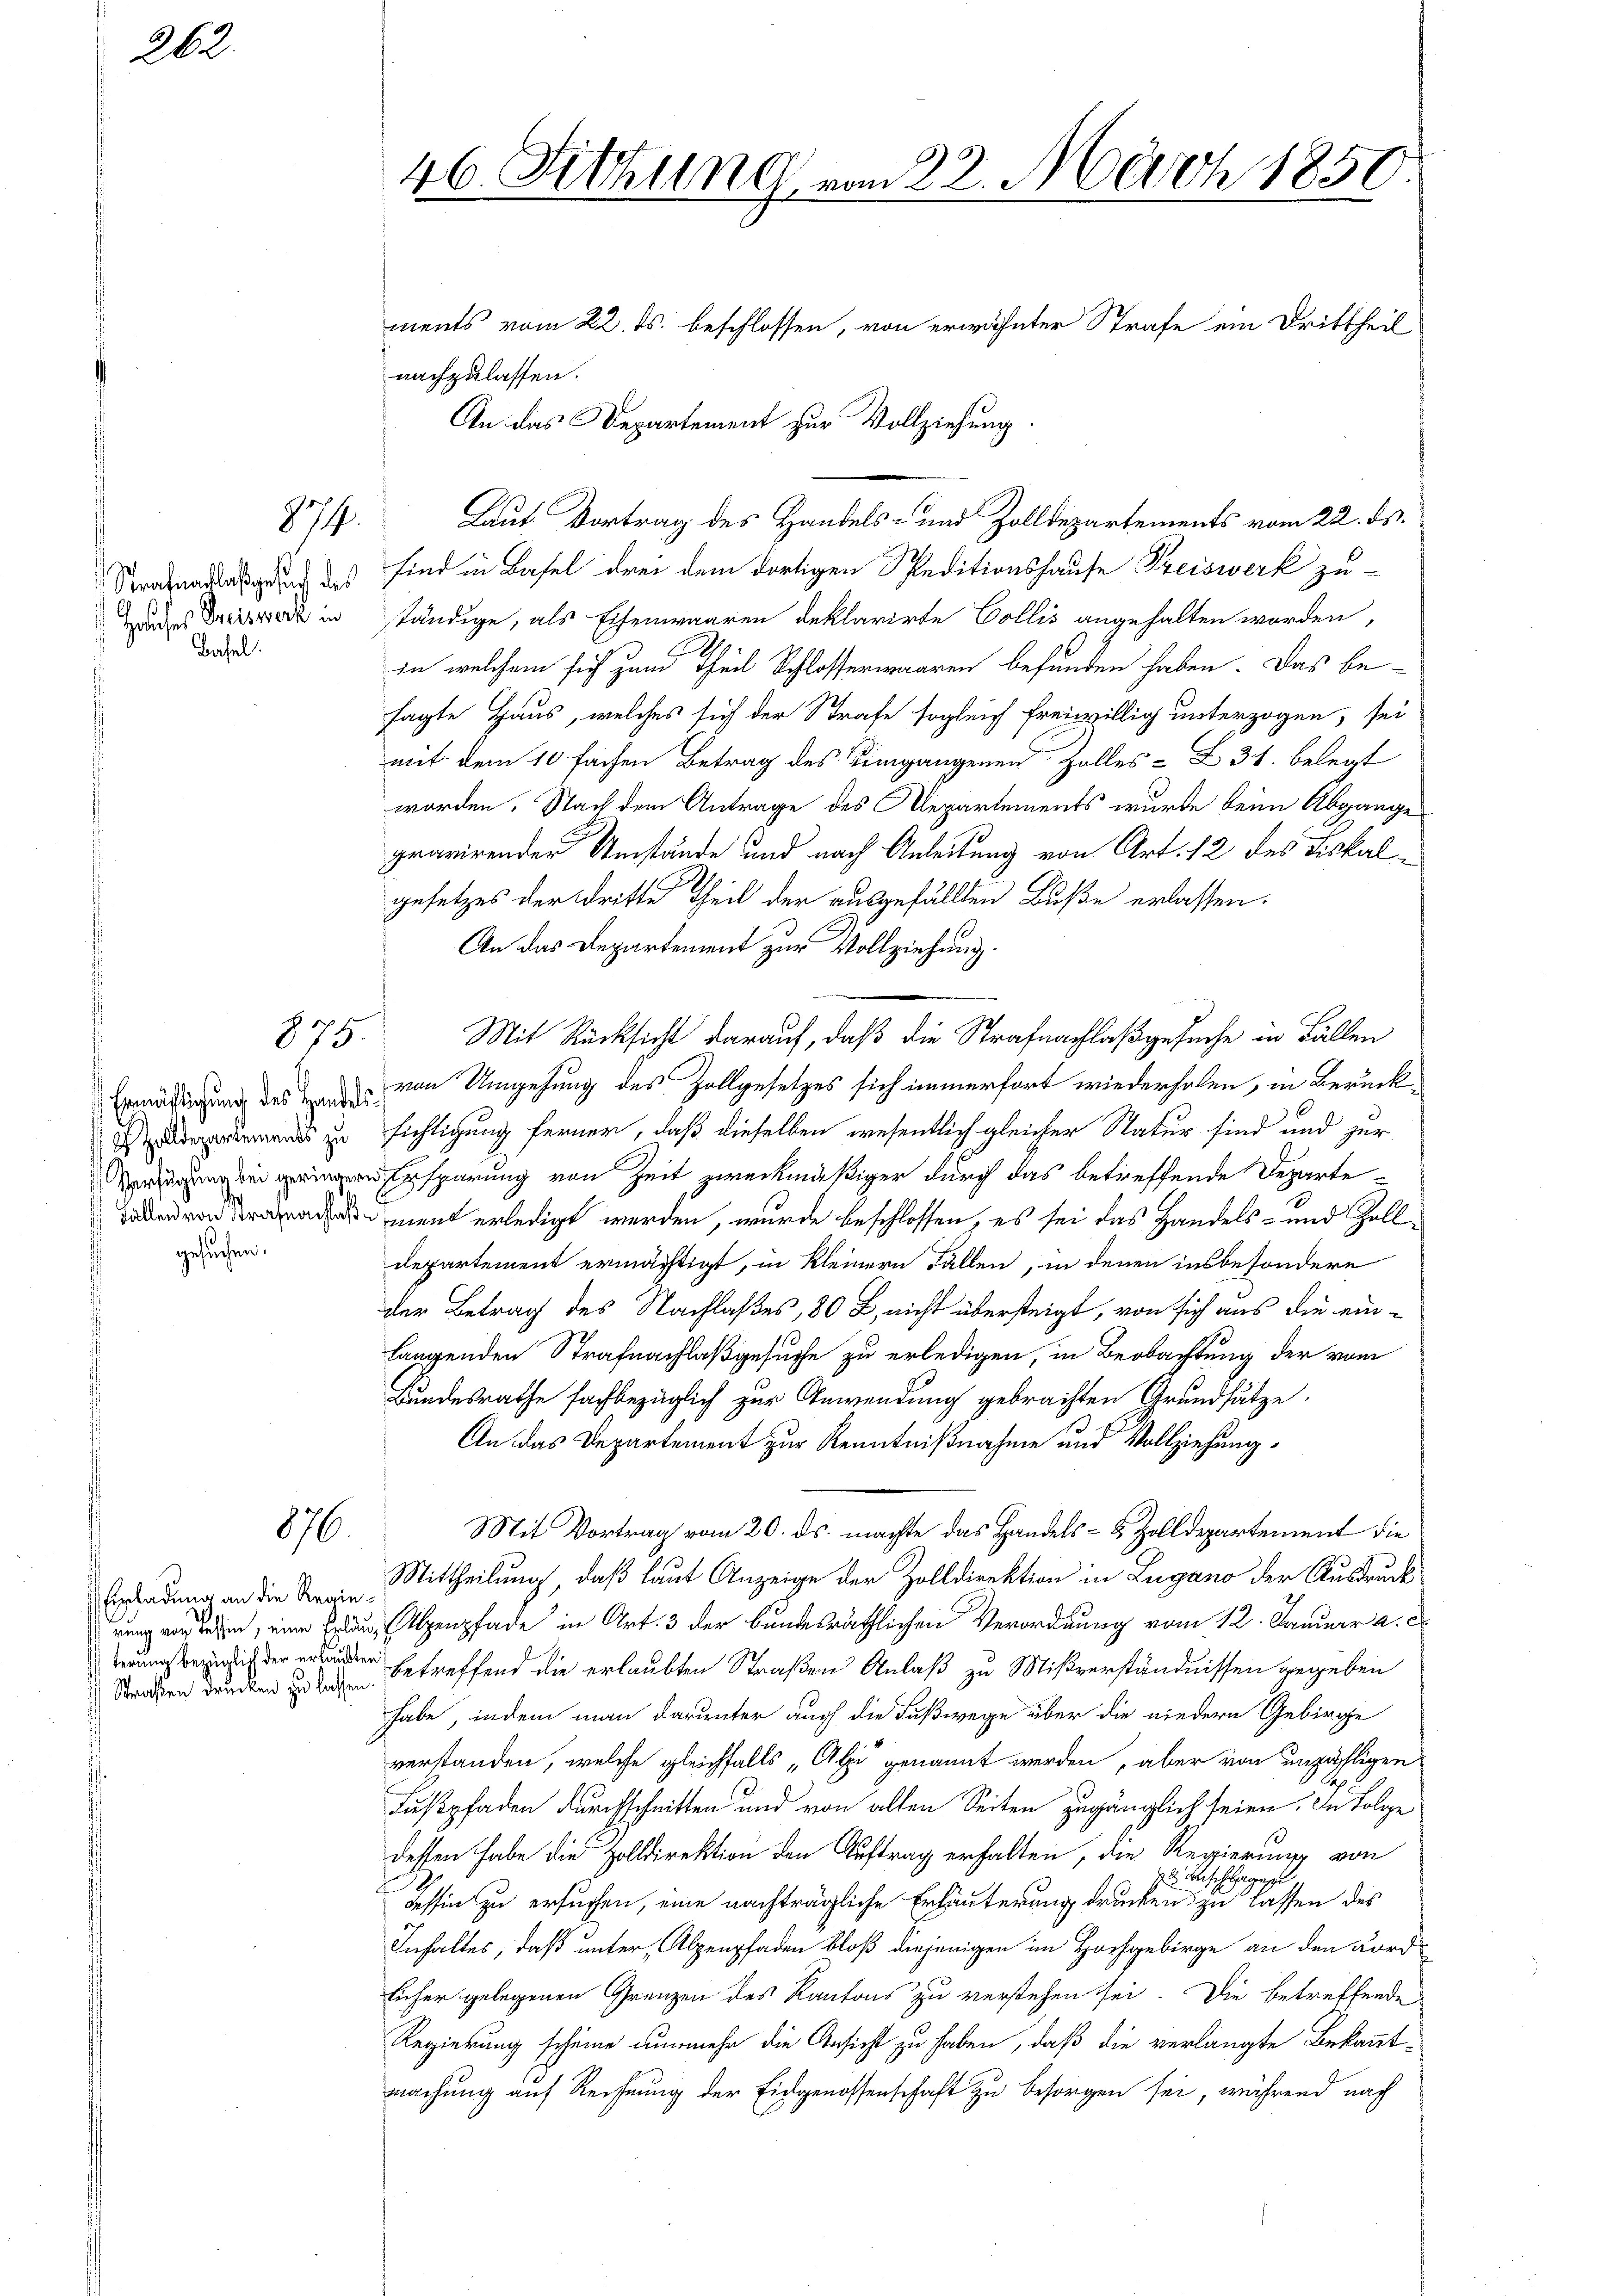
26

Basel.

874.

Heliches Preiswerk in

875.

Ermäftigung des Handelsgesuchen.

876.

Einladung an die Regie¬
Straßen drucken zu lassen.

46. Fettung von 22. März 1850

merts vom 22. ds. beschlossen, von erwähnter Strafe ein Drittheil
nachzulassen.
An das Departement zur Vollziehung.
Laut Vortrag des Handels- und Zolldepartements vom 22. ds.
Strafentlaßung des sind in Basel drei dem dortigen Speditionshause Preiswerk zu-
ständige, als Eisenwaaren deklarirte Collis angehalten worden,
in welchem sich zum Theil Schlosserwaaren befunden haben. Das besagte Haus, welches sich der Strafe sogleich freiwillig unterzogen, sei
mit dem 10 fachen Betrag des Eingangenen Zolles-Z 31. belegt
worden. Nach dem Antrage des Departements wurde beim Abgange
gravirender Umstände und nach Anleitung von Art. 12 des Fiskalgesetzes der dritte Theil der ausgefällten Buße erlassen.
An das Departement zur Vollziehung.
a
Mit Rücksicht darauf, daß die Strafnachlaß gesuche in Fällen
von Umgehung des Zollgesetzes sich immerfort wiederholen, in Berückms zu sichtigung ferner, daß dieselben wesentlich gleicher Natur sind und zur
sparung von Zeit zweckmäßiger durch das betreffende Departeament erledigt werden, wurde beschlossen, es sei das Handels- und Zoll¬
Departement ermächtigt, in kleinern Fällen, in denen insbesondere
der Betrag des Nachlaßes, 80 L., nicht übersteigt, von sich aus die einlangenden Strafnachlaß gesuche zu erledigen, in Beobachtung der vom
Bundesrathe fachbezüglich zur Anwendung gebrachten Grundsätze,
An das Departement zur Kenntnißnahme und Vollziehung
Mit Vortrag vom 20. ds. machte das Handels- & Zolldepartement die
Mittheilung, daß laut Anzeige der Zolldirektion in Lugano der Ausdruckrung verlesen, eine Erland, Alpenpfade in Art. 3 der bundesräthlichen Verordnung vom 12. Januar a. c.
 der der betreffend die erlaubten Straßen Anlaß zu Mißverständnissen gegeben
habe, indem man darunter auch die Fußwege über die niedern Gebirge
verstanden, welche gleichfalls Ali genannt werden, aber von unzähligen
Fußpfaden durchschnitten und von alten Seiten zugänglich seien. In Folge
dessen habe die Zolldirektion den Auftrag erhalten, die Regierung von
zu Beschlages
Tessin zu ersuchen, eine nachträgliche Erläuterung drucken zu lassen des
Inhaltes, daß unter, Alpenpfaden bloß diejenigen im Hochgebirge an den Ford
licher gelegenen Grenzen des Kantons zu verstehen sei. Die betreffende
Regierung scheine nunmehr die Ansicht zu haben, daß die verlangte Bekannt-
machung auf Rechnung der Eidgenossenschaft zu besorgen sei, während nach